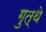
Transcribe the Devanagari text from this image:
गुत्थे